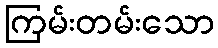
ကြမ်းတမ်းသော